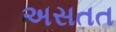
અસતત